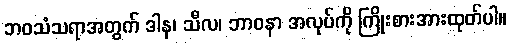
ဘဝသံသရာအတွက် ဒါန၊ သီလ၊ ဘာဝနာ အလုပ်ကို ကြိုးစားအားထုတ်ပါ။